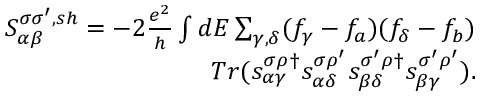
\begin{array} { r } { { S _ { \alpha \beta } ^ { \sigma \sigma ^ { \prime } , s h } } = - 2 \frac { e ^ { 2 } } { h } \int d E \sum _ { \gamma , \delta } ( f _ { \gamma } - f _ { a } ) ( f _ { \delta } - f _ { b } ) } \\ { T r ( s _ { \alpha \gamma } ^ { \sigma \rho \dagger } s _ { \alpha \delta } ^ { \sigma \rho ^ { \prime } } s _ { \beta \delta } ^ { \sigma ^ { \prime } \rho \dagger } s _ { \beta \gamma } ^ { \sigma ^ { \prime } \rho ^ { \prime } } ) . } \end{array}